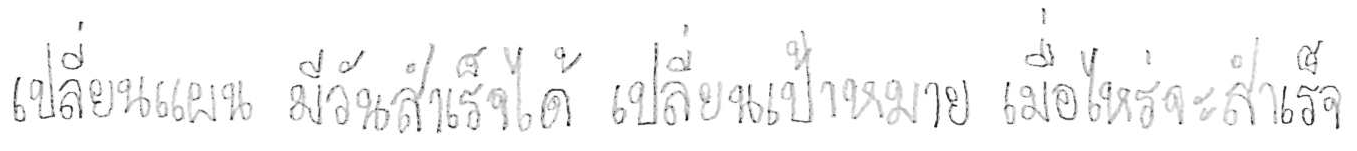
เปลี่ยนแผน มีวันสำเร็จได้ เปลี่ยนเป้าหมาย เมื่อไหร่จะสำเร็จ